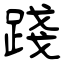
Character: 踐